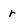
Character: r